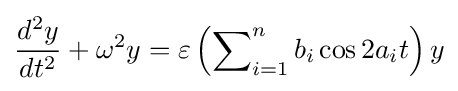
{\frac {d^{2}y}{dt^{2}}}+\omega ^{2}y=\varepsilon \left(\sum \nolimits _{i=1}^{n}{b_{i}\cos 2a_{i}t}\right)y